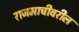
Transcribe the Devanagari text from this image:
राजमाचीवरील